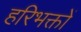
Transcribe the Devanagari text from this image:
हरिभक्तों